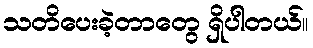
သတိပေးခဲ့တာတွေ ရှိပါတယ်။